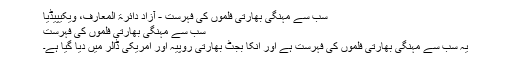
سب سے مہنگی بھارتی فلموں کی فہرست - آزاد دائرۃ المعارف، ویکیپیڈیا
سب سے مہنگی بھارتی فلموں کی فہرست
یہ سب سے مہنگی بھارتی فلموں کی فہرست ہے اور انکا بجٹ بھارتی روپیہ اور امریکی ڈالر میں دیا گیا ہے۔